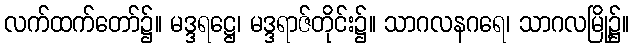
လက်ထက်တော်၌။ မဒ္ဒရဋ္ဌေ၊ မဒ္ဒရာဇ်တိုင်း၌။ သာဂလနဂရေ၊ သာဂလမြို့၌။